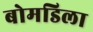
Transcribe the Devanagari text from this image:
बोमडिला